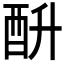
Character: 𰼄